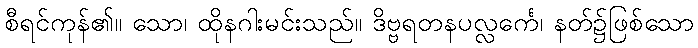
စီရင်ကုန်၏။ သော၊ ထိုနဂါးမင်းသည်။ ဒိဗ္ဗရတနပလ္လင်္ကေ၊ နတ်၌ဖြစ်သော